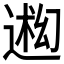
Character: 𬨳